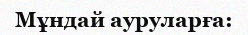
Мұндай ауруларға: